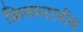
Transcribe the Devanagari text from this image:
क्रिसस्टलीय